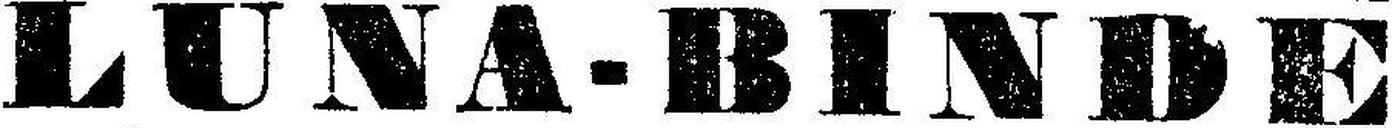
LUNA-BINDE